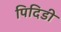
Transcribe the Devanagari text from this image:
पिदिडी